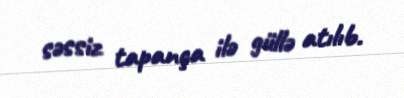
səssiz tapança ilə güllə atılıb.